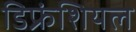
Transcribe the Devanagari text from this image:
डिफ्रंशियल